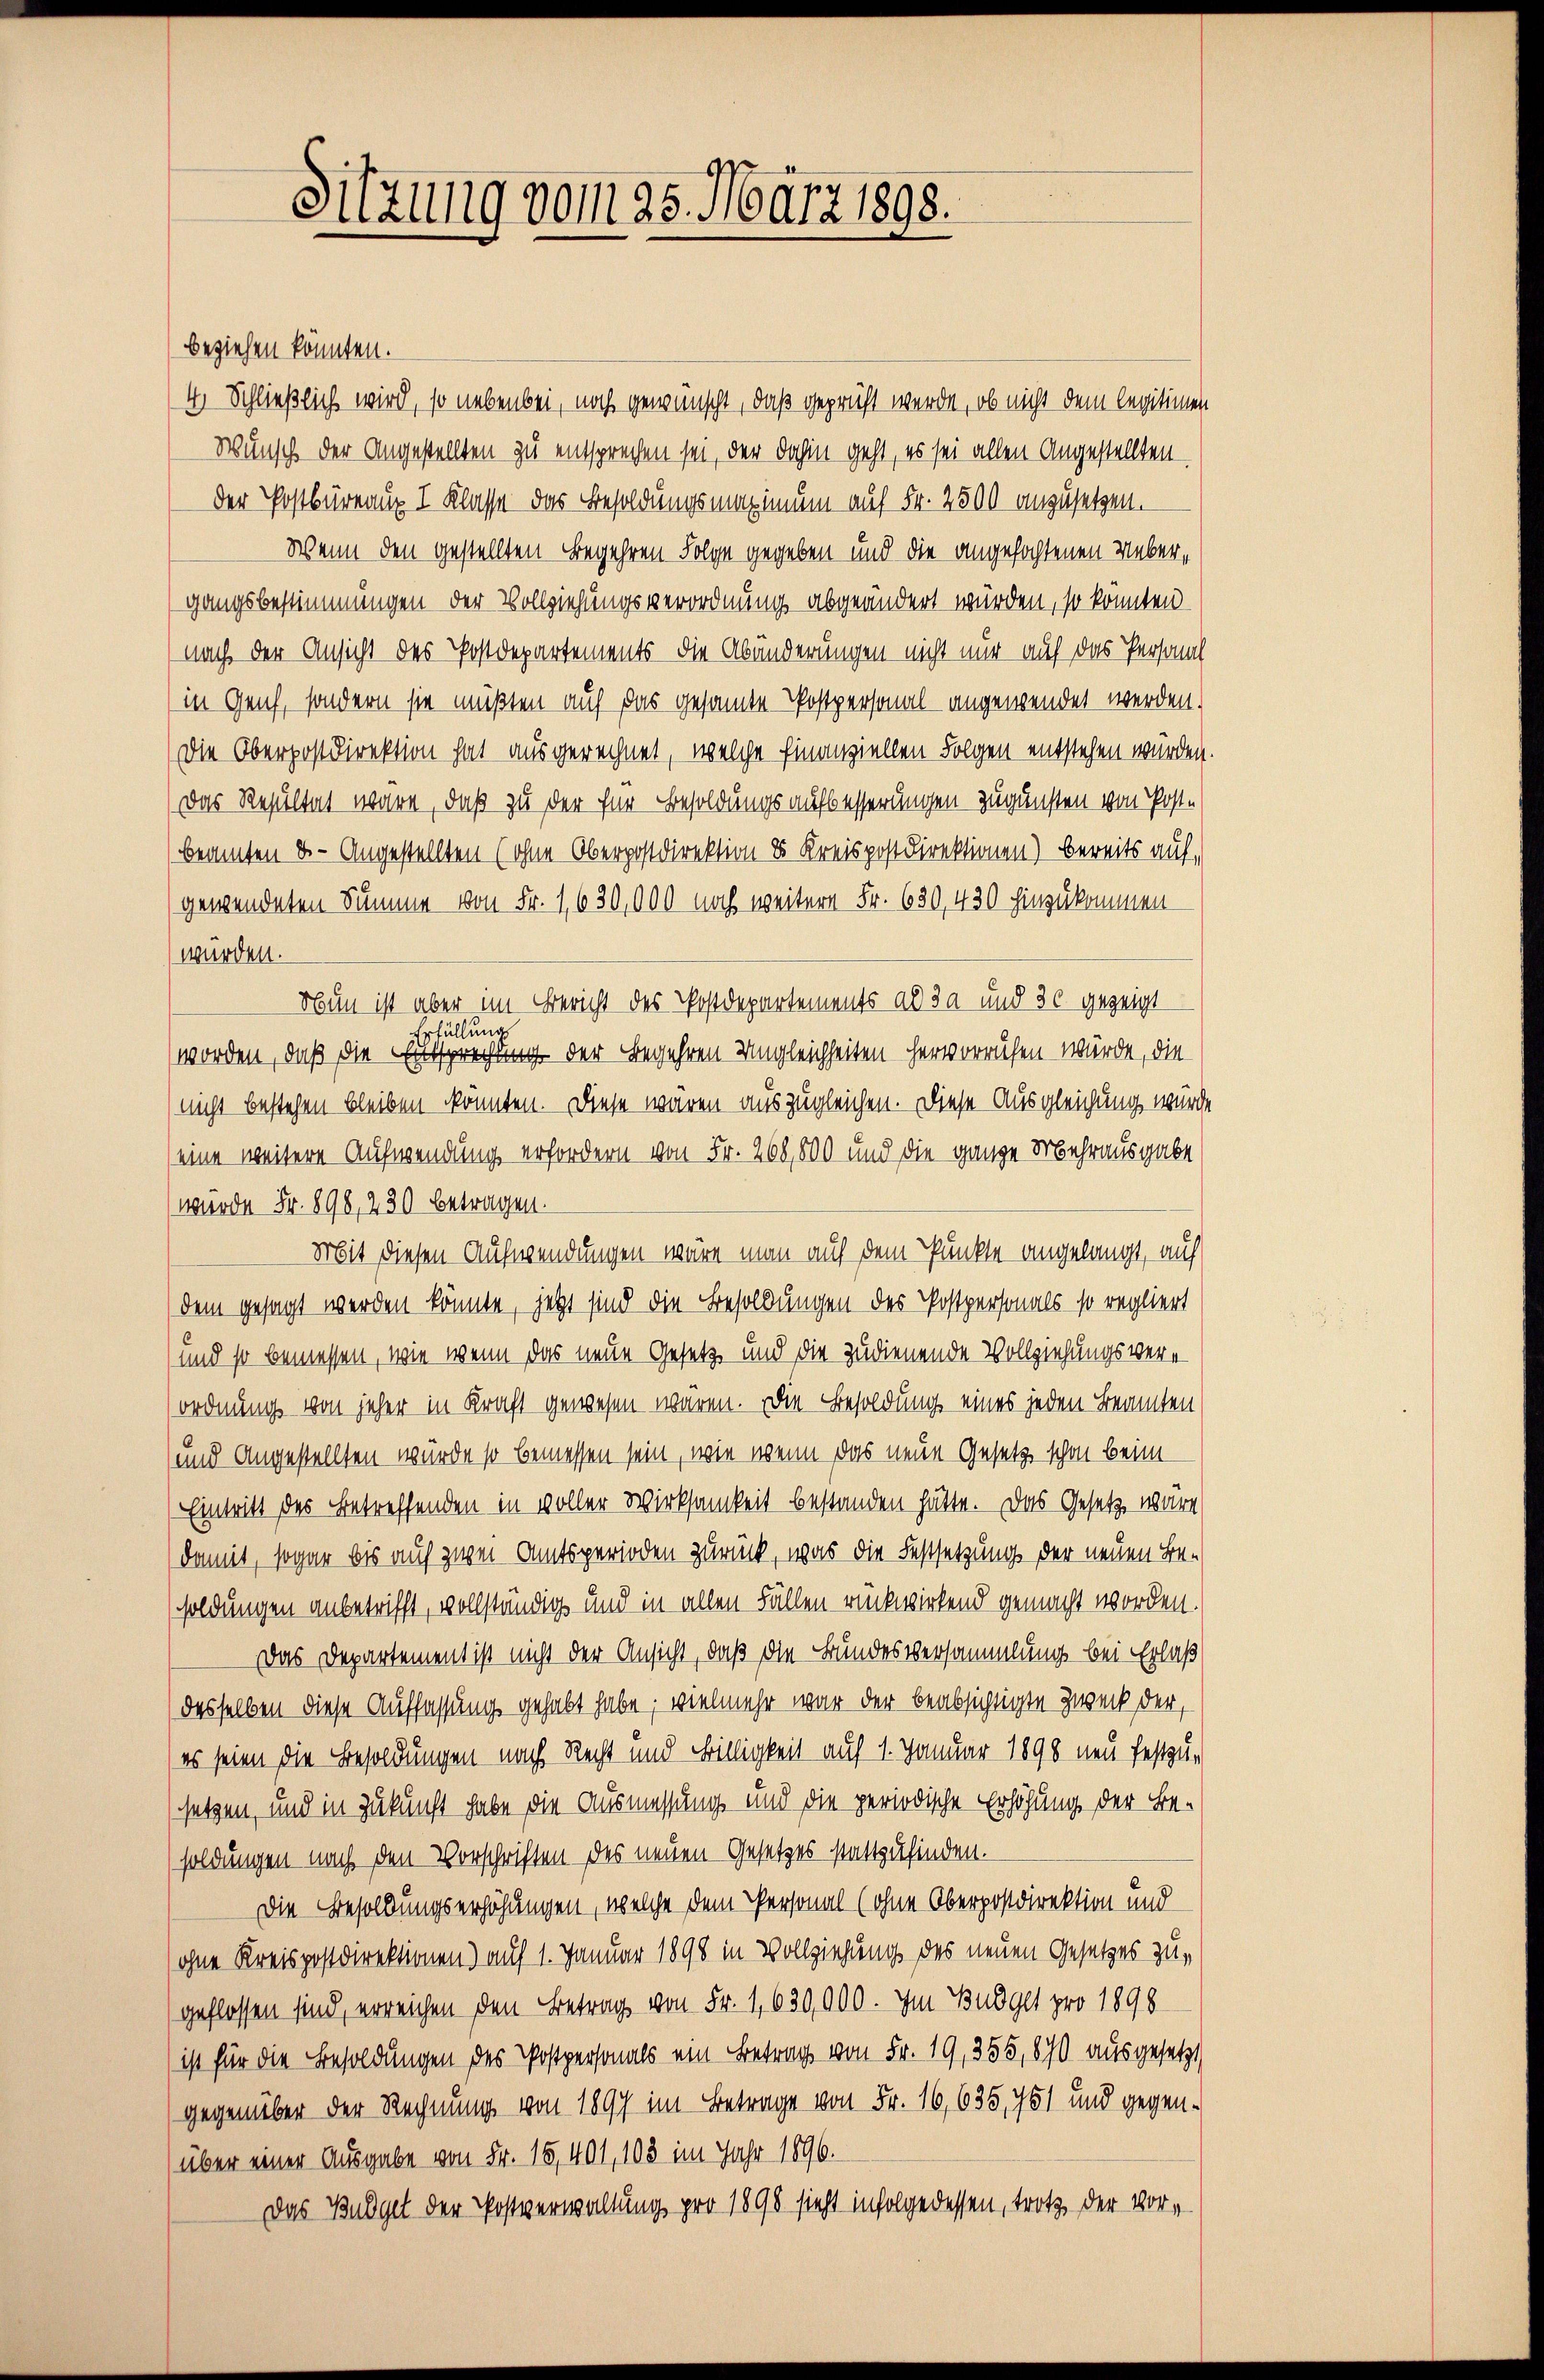
Sitzung vom 25. März 1898.

beziehen könnten.
4 Schließlich wird, so nebenbei, noch gewünscht, daß geprüft werde, ob nicht dem legitimen
Wunsch der Angestellten zu entsprechen sei, der dahin geht, es sei allen Angestellten
der Postbüreaux I Klasse das Besoldungsmaximum auf Fr. 2500 anzusetzen.
Wenn den gestellten Begehren Folge gegeben und die angefochtenen Uebergangsbestimmungen der Vollziehungsverordnung abgeändert würden, so konnten
nach der Ansicht des Postdepartements die Abänderungen nicht nur auf das Personal
in Genf, sondern sie müßten auf das gesamte Postpersonal- angewendet werden.
Die Oberpostdirektion hat ausgerechnet, welche Einanziellen Folgen entstehen würden.
Das Resultat wäre, daß zu der für Besoldungsaufbesserungen zugunsten von Postbeamten d. - Angestellten (ohne Oberpostdirektion ds Kreispostdirektionen) bereits auf,
gewendeten Summe von Fr. 1630,000 noch weitern Fr. 630, 430 hinzukommen
würden.
Nun ist aber im Bericht des Postdepartements als da und 30 gezeigt
Erfüllung
worden, daß die Entsprechung der Begehren Ungleichheiten hervorriesen würde, die
nicht bestehen bleiben könnten. Diese wären auszugleichen. Diese Ausgleichung wurde
eine weitere Aufwendung erfordern von Fr. 268,800 und die ganze Mehrausgabe
wurde Fr. 898, 230 betragen.
Mit diesen Aufwendungen wäre man auf dem Punkte angelangt, auf
dem gesagt werden könnte, jetzt sind die Besoldungen des Postpersonals so regliert
und so bemessen, wie wenn das neue Gesetz und die zudienende Vollziehungsverordnung von jeher in Kraft gewesen wären. Die Besoldung eines jeden Beamten
(und Angestellten würde so bemessen sein, wie wenn das neue Gesetz schon beim
Eintritt des Betreffenden in voller Wirksamkeit bestanden hätte. Das Gesetz wäre
damit, sogar bis auf zwei Amtsperioden zurück, was die Festsetzung der neuen Be-
(soldungen anbetrifft, vollständig und in allen Fällen rückwirkend gemacht worden.
Das Departement ist nicht der Ansicht, daß die Bundesversammlung bei Erlaß
(desselben diese Auffassung gehabt habe; vielmehr war der beabsichtigte Zweck der
(es seien die Besoldungen nach Recht und Billigkeit auf 1. Januar 1890 neu festzu-
setzen, und in Zukunft habe die Ausmessung und die periodische Erhöhung der Be-
soldungen nach den Vorschriften des neuen Gesetzes stattzufinden.
Die Besoldungserhöhungen, welche dem Personal (ohne Oberpostdirektion und
ohne Kreispostdirektionen) auf 1. Januar 1898 in Vollziehung des neuen Gesetzes zugeflossen sind, erreichen den Betrag von Fr. 1,630,000. Im Budget pro 1898
ist für die Besoldungen des Postpersonals ein Betrag von Fr. 19, 355, 870 ausgesetzt
gegenüber der Rechnung von 1897 im Betrage von Fr. 16,635, 751 und gegenüber einer Ausgabe von Fr. 15,401, 108 im Jahr 1896.
Das Budget der Postverwaltung pro 1898 sieht infolge dessen, trotz der Vor-